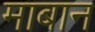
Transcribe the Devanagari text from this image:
माबान